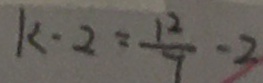
k \cdot 2 = \frac { 1 2 } { 7 } \cdot 2